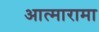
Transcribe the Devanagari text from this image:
आत्मारामा